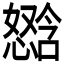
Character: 𫻈